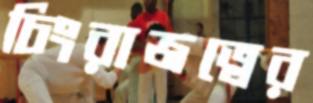
চিংরাজত্বের